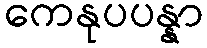
ကေနုပပန္နာ